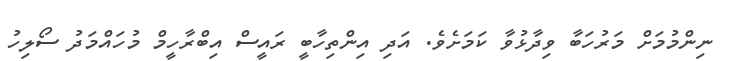
ނިންމުމަށް މަރުހަބާ ވިދާޅުވާ ކަމަށެވެ. އަދި އިންތިހާބީ ރައީސް އިބްރާހީމް މުހައްމަދު ސޯލިހު